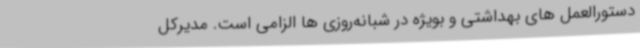
دستورالعمل های بهداشتی و بویژه در شبانه‌روزی ها الزامی است. مدیرکل